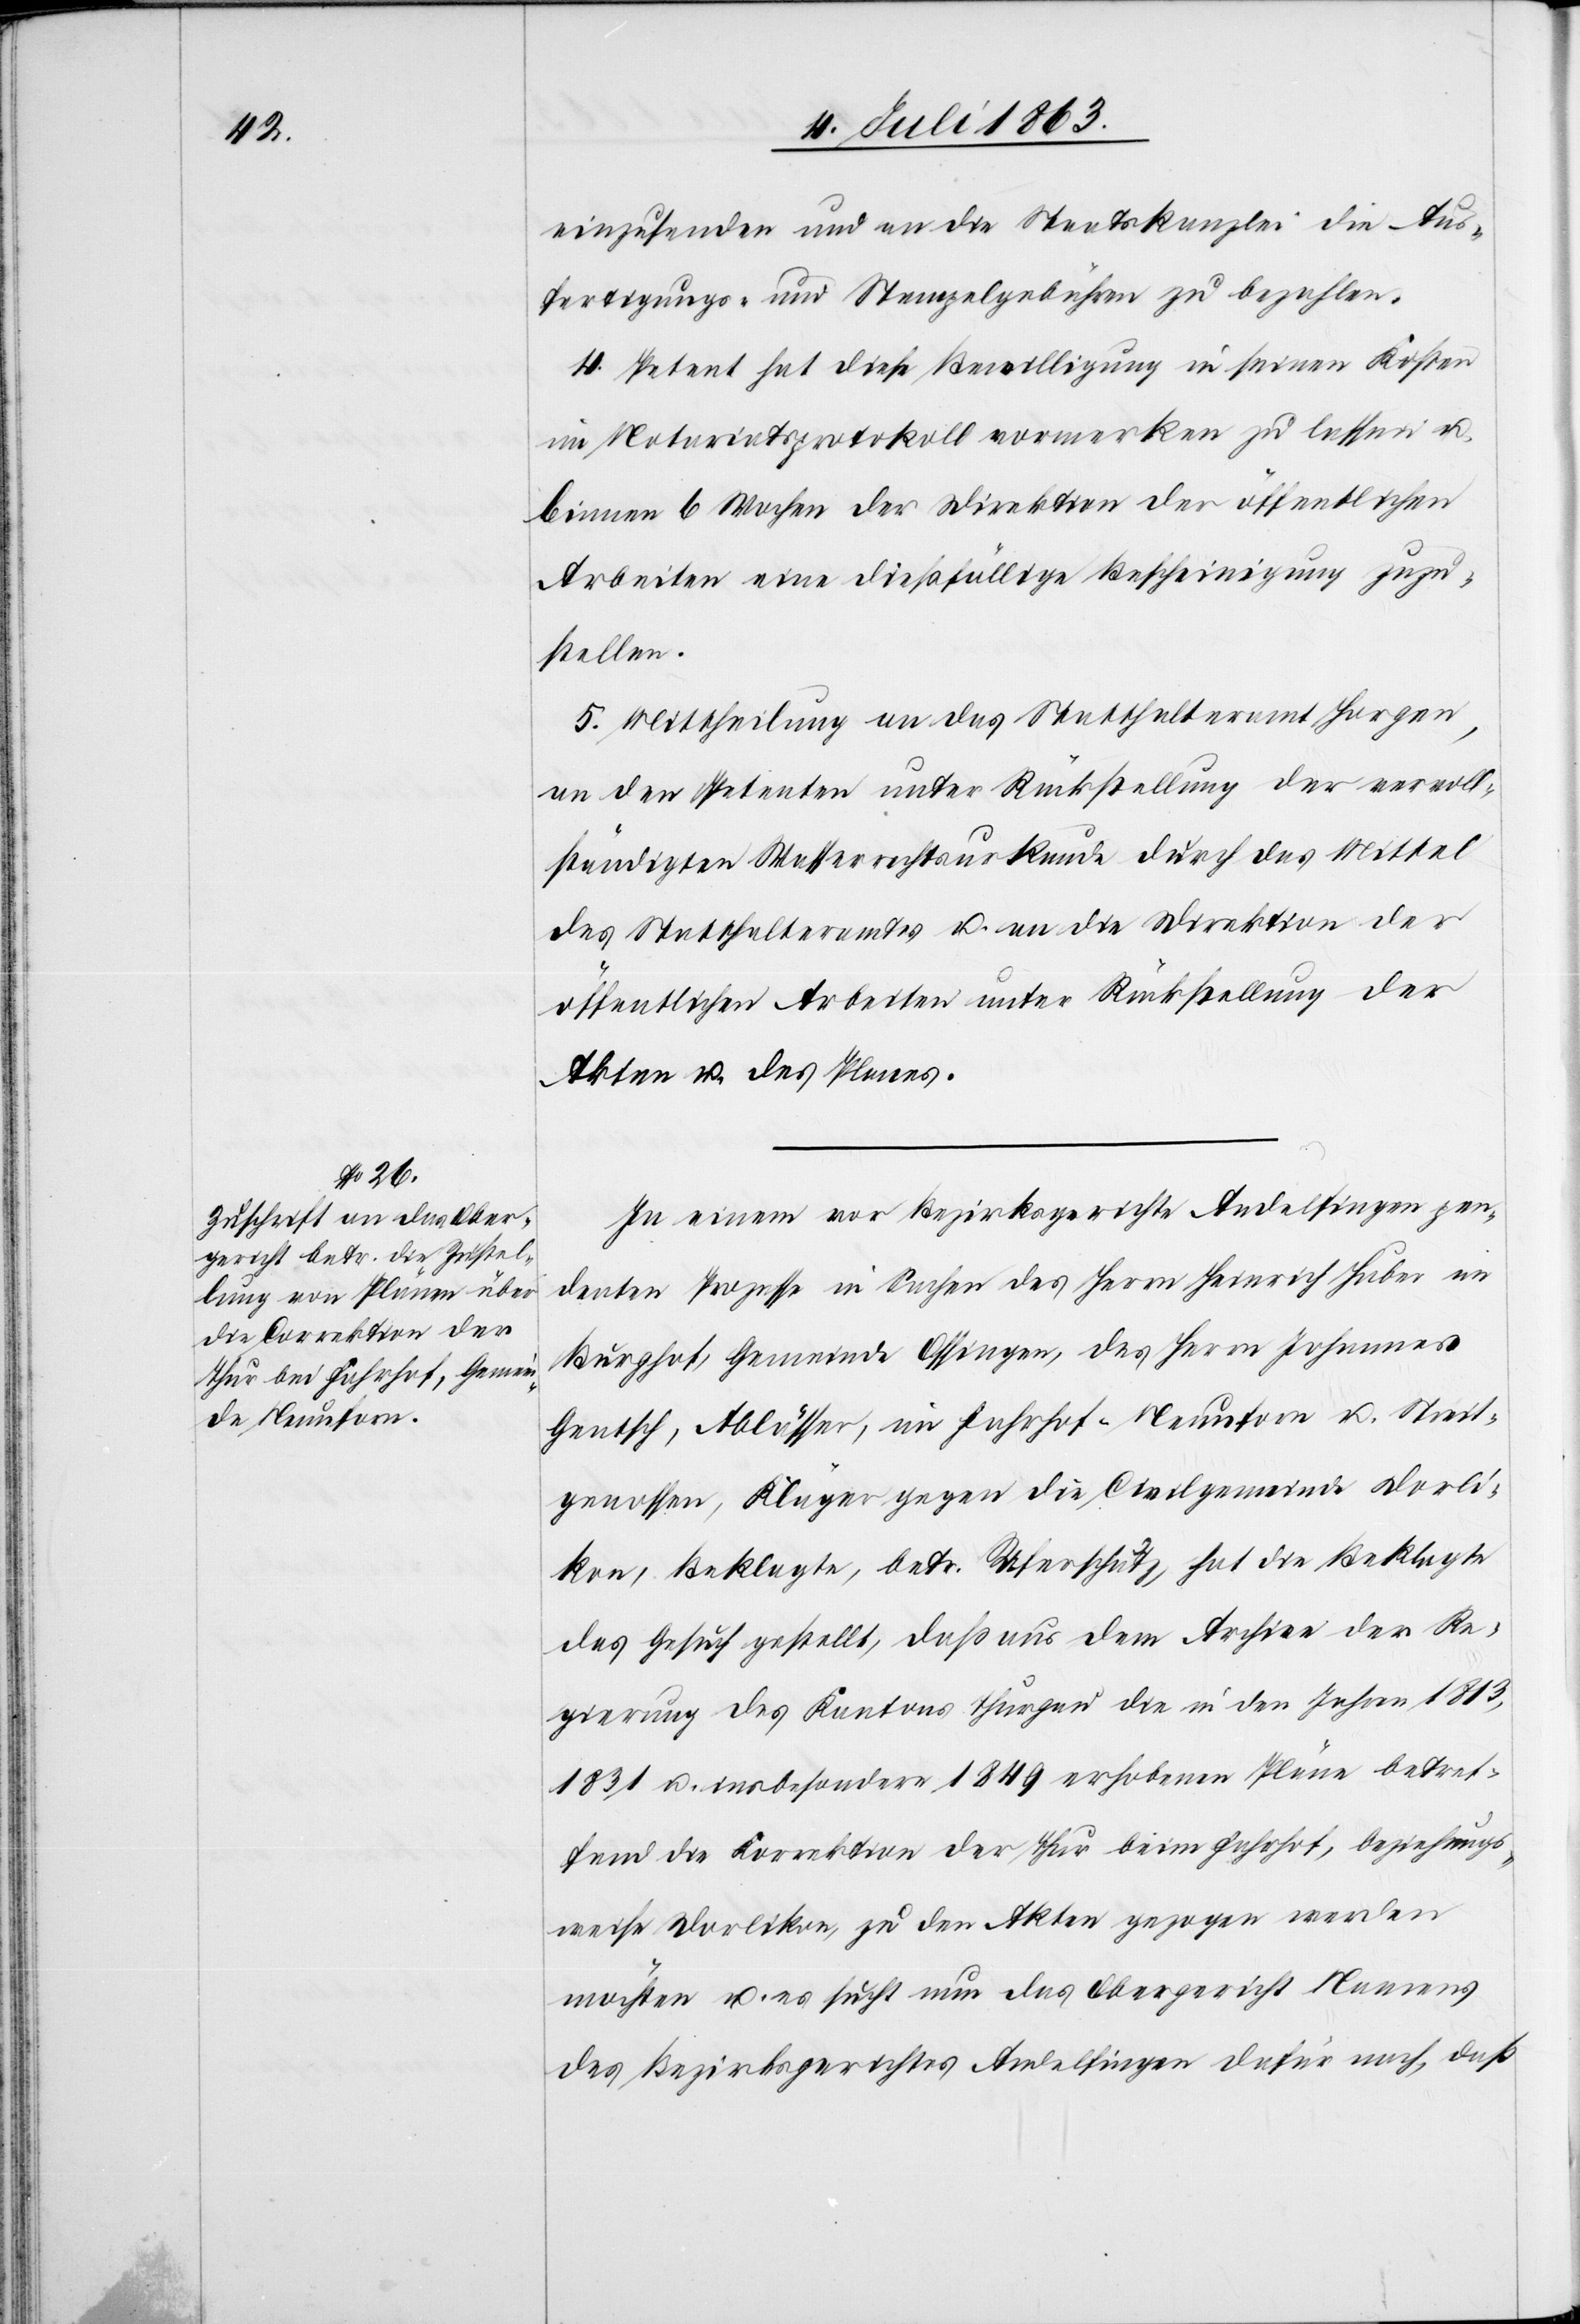
einzusenden und an die Staatskanzlei die Aus¬
fertigungs- und Stempelgebühren zu bezahlen.
4. Petent hat diese Bewilligung in seinen Kosten
im Notariatsprotokoll vormerken zu lassen u.
binnen 6 Wochen der Direktion der öffentlichen
Arbeiten eine dießfällige Bescheinigung zuzu¬
stellen.
5. Mittheilung an das Statthalteramt Horgen,
an den Petenten unter Rückstellung der vervoll¬
ständigten Wasserrechtsurkunde durch das Mittel
des Statthalteramtes u. an die Direktion der
öffentlichen Arbeiten unter Rückstellung der
Akten u. des Planes.
In einem vor Bezirksgerichte Andelfingen pen¬
denten Prozesse in Sachen des Herrn Heinrich Huber im
Burghof, Gemeinde Ossingen, des Herrn Johannes
Gentsch, Ablässer, im Fahrhof-Neunforn u. Streit¬
genossen, Kläger gegen die Civilgemeinde Dorli¬
kon, Beklagte, betr. Uferschutz, hat die Beklagte
das Gesuch gestellt, daß aus dem Archive der Re¬
gierung des Kantons Thurgau die in den Jahren 1813,
1831 u. insbesondere 1849 erhobenen Pläne betref¬
fend die Korrektion der Thur beim Fahrhof, beziehungs¬
weise Dorlikon, zu den Akten gezogen werden
möchten u. es sucht nun das Obergericht Namens
des Bezirksgerichtes Andelfingen dafür nach, daß